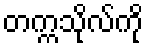
တက္ကသိုလ်ကို